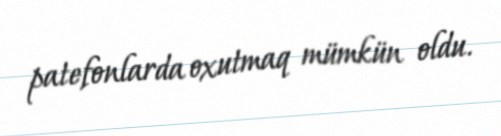
patefonlarda oxutmaq mümkün oldu.